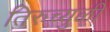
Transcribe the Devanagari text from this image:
तिरुच्युळी